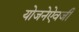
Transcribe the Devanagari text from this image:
योजनेऐवजी